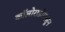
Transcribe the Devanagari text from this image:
कॉलोराडोपासून